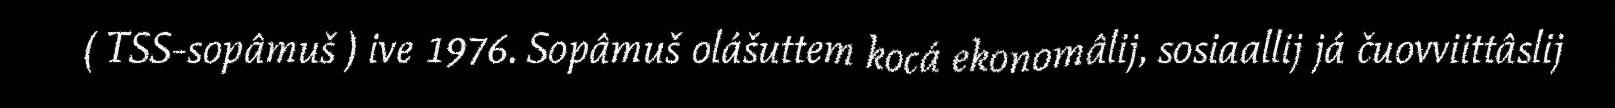
( TSS-sopâmuš ) ive 1976. Sopâmuš olášuttem kocá ekonomâlij, sosiaallij já čuovviittâslij